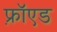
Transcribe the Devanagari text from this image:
फ़्रॉएड